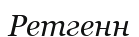
Ретгенн